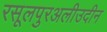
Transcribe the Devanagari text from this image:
रसूलपुरअलीउदीन